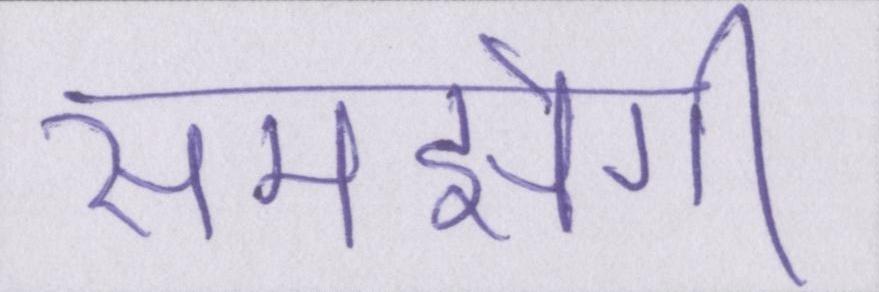
समझेगी